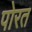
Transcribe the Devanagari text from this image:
पोरत